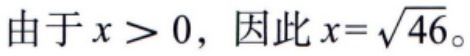
由于 \(x > 0\)，因此 \(x=\sqrt{46}\)。对应的LATEX格式为：
\[
\text{由于 }x > 0\text{，因此 }x = \sqrt{46}。
\]